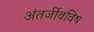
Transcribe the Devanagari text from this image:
अंतर्जीवविष